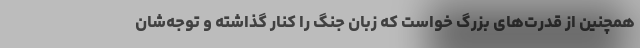
همچنین از قدرت‌های بزرگ خواست که زبان جنگ را کنار گذاشته و توجه‌شان